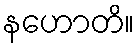
နဟောတိ။